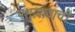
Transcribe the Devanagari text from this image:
पशुखाद्याची